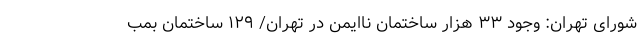
شورای تهران: وجود ۳۳ هزار ساختمان ناایمن در تهران/ ۱۲۹ ساختمان بمب